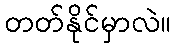
တတ်နိုင်မှာလဲ။